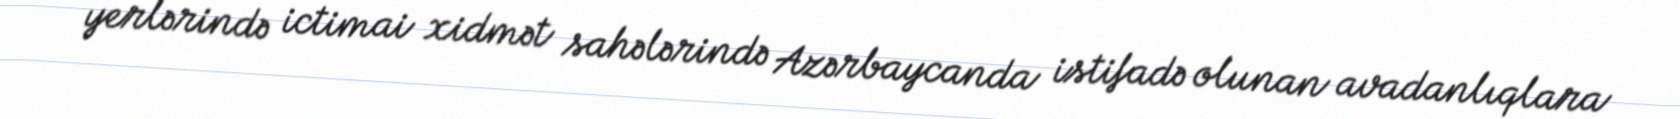
yerlərində ictimai xidmət sahələrində Azərbaycanda istifadə olunan avadanlıqlara